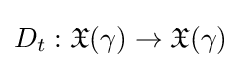
D_{t}:{\mathfrak {X}}(\gamma )\to {\mathfrak {X}}(\gamma )